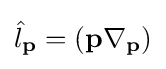
{\hat {l}}_{\mathbf {p} }=(\mathbf {p} \mathbf {\nabla } _{\mathbf {p} })